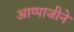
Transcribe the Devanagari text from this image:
आप्पाजीने